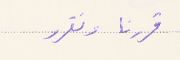
قررنا ونقرر